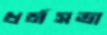
ধর্মসভা